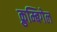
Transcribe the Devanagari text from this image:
क्रुम्बिगेल